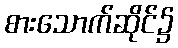
စားသောက်ဆိုင်၌